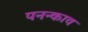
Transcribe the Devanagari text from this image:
पनन्काव